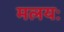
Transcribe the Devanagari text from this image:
मलयः